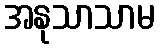
အနုသာသာမ